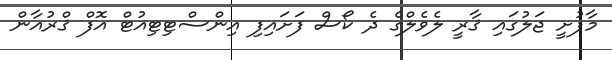
މާފުށީ ޖަލުގައި ޤާރީ ލެވެލްގެ ދެ ކޯސް ފަށައިފި އިންސްޓިޓިއުޓް އޮފް ޤްރުއާން